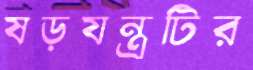
ষড়যন্ত্রটির